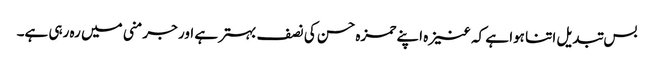
بس تبدیل اتنا ہوا ہے کہ عنیزہ اپنے حمزہ حسن کی نصف بہتر ہے اور جرمنی میں رہ رہی ہے۔